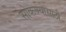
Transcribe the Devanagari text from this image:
सोकण्यासाठी